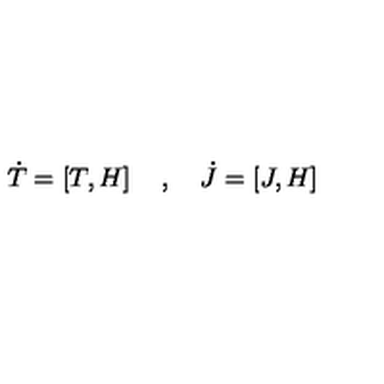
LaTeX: { \dot { T } } = \left[ T , H \right] \quad , \quad { \dot { J } } = \left[ J , H \right]